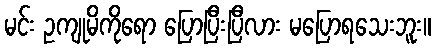
မင်း ဥကျုမိကိုရော ပြောပြီးပြီလား မပြောရသေးဘူး။